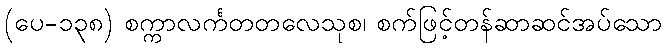
(ပေ-၁၃၈) စက္ကာလင်္ကတတလေသုစ၊ စက်ဖြင့်တန်ဆာဆင်အပ်သော